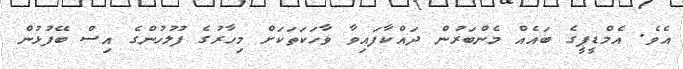
އެވެ. އެމްޑީޕީގެ ބައެއް މެންބަރުން ދައްކާފައިވާ ވާހަކަތަކަށް މިހާރުގެ ފުލުހުންގެ އިސް ބޭފުޅުން